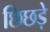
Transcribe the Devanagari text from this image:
छिछड़े